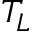
T _ { L }